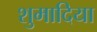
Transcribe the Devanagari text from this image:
शुमादिया